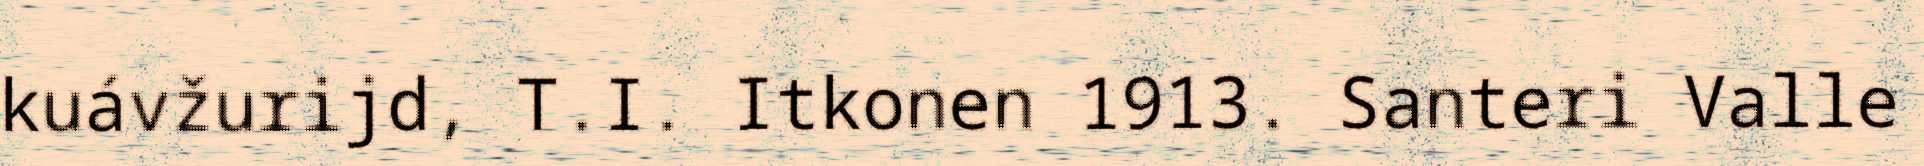
kuávžurijd, T.I. Itkonen 1913. Santeri Valle